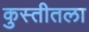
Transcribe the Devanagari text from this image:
कुस्तीतला